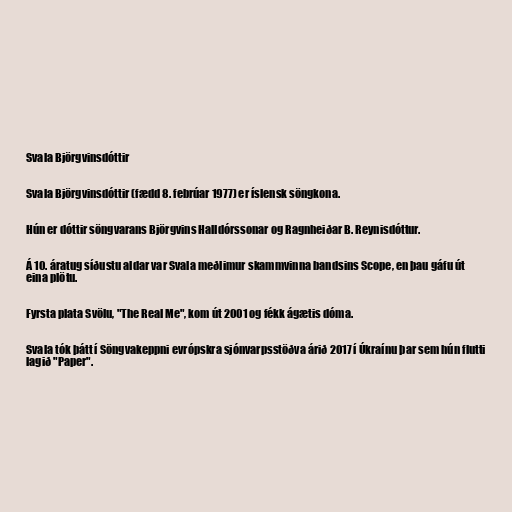
Svala Björgvinsdóttir

Svala Björgvinsdóttir (fædd 8. febrúar 1977) er íslensk söngkona.

Hún er dóttir söngvarans Björgvins Halldórssonar og Ragnheiðar B. Reynisdóttur.

Á 10. áratug síðustu aldar var Svala meðlimur skammvinna bandsins Scope, en þau gáfu út
eina plötu.

Fyrsta plata Svölu, "The Real Me", kom út 2001 og fékk ágætis dóma.

Svala tók þátt í Söngvakeppni evrópskra sjónvarpsstöðva árið 2017 í Úkraínu þar sem hún flutti
lagið "Paper".